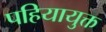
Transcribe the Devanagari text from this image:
पहियायुक्त